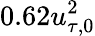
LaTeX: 0.62u_{\tau,0}^{2}